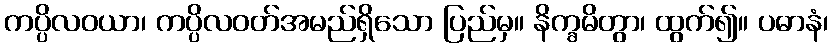
ကပ္ပိလဝယာ၊ ကပ္ပိလဝတ်အမည်ရှိသော ပြည်မှ။ နိက္ခမိတွာ၊ ထွက်၍။ ပဓာနံ၊